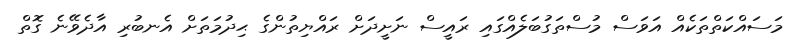
މަސައްކަތްތަކެއް އަވަސް މުސްތަގުބަލެއްގައި ރައީސް ނަށީދަށް ރައްޔިތުންގެ ޙިދުމަތަށް އެނބުރި އާދެވޭނެ ގޮތް